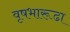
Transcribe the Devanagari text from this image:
वृषभारूढा